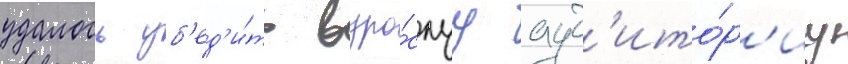
удалось уб'ед'и́ть взро́слуу ауд'ито́р'иу